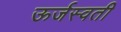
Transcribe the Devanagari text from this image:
ऊर्जस्वती